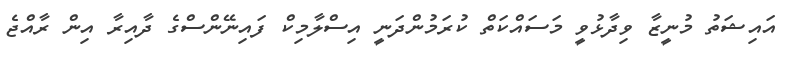
އައިޝަތު މުނީޒާ ވިދާޅުވީ މަސައްކަތް ކުރަމުންދަނީ އިސްލާމިކް ފައިނޭންސްގެ ދާއިރާ އިން ރާއްޖެ